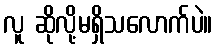
လူ ဆိုလို့မရှိသလောက်ပဲ။